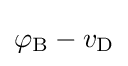
\varphi _{\text{B}}-v_{\text{D}}